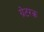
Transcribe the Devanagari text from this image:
ग्रेटरक